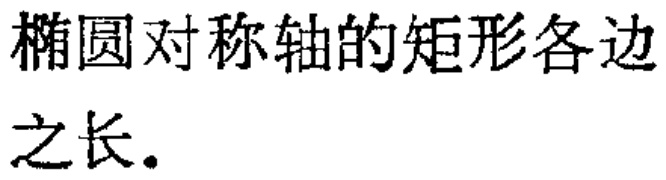
椭圆对称轴的矩形各边之长.